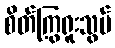
စိတ်ကြွရူးသွပ်